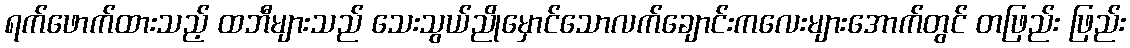
ရက်ဖောက်ထားသည့် ထဘီများသည် သေးသွယ်ညိုမှောင်သောလက်ချောင်းကလေးများအောက်တွင် တဖြည်း ဖြည်း